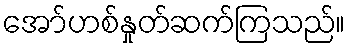
အော်ဟစ်နှုတ်ဆက်ကြသည်။